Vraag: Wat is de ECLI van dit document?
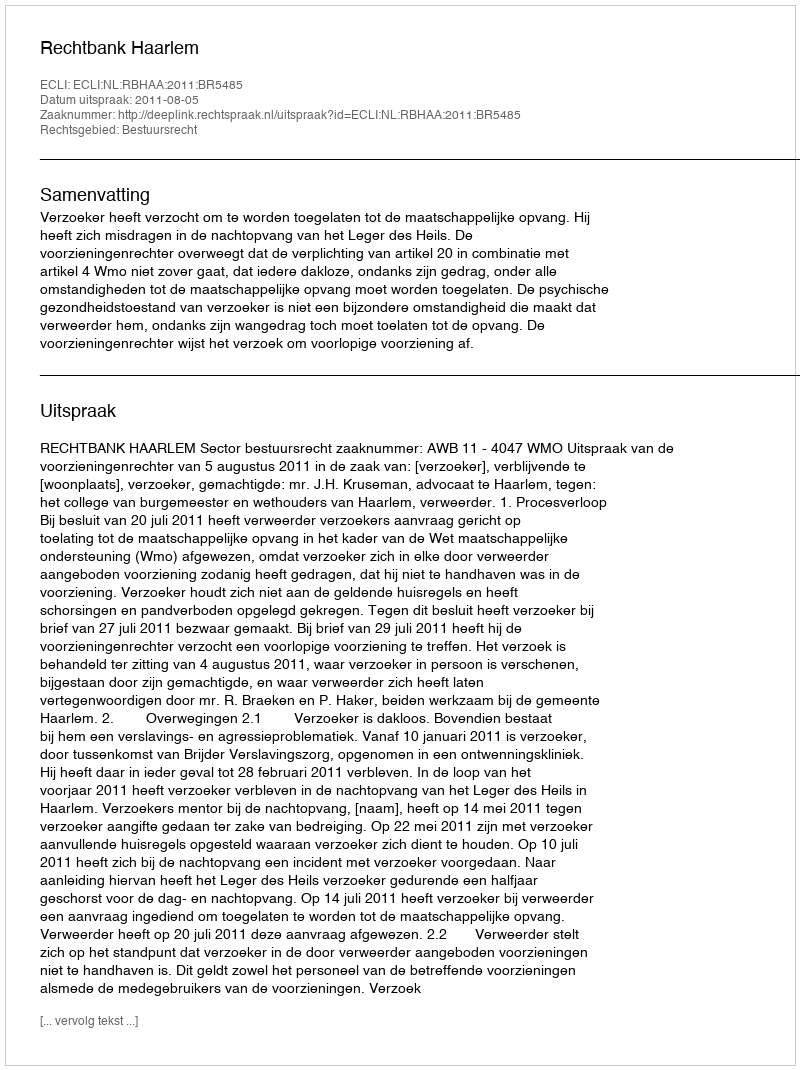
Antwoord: ECLI:NL:RBHAA:2011:BR5485